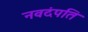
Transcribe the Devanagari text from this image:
नवदंपति